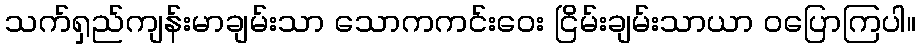
သက်ရှည်ကျန်းမာချမ်းသာ သောကကင်းဝေး ငြိမ်းချမ်းသာယာ ဝပြောကြပါ။